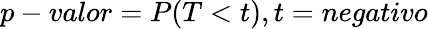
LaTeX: p-valor=P(T<t),t=negativo